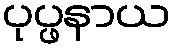
ပုပ္ဖနာယ